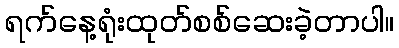
ရက်နေ့ရုံးထုတ်စစ်ဆေးခဲ့တာပါ။